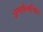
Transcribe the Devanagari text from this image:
अन्तर्सम्बन्धित